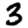
Digit: 3